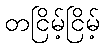
တငြိမ့်ငြိမ့်